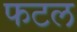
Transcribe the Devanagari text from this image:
फटल